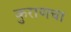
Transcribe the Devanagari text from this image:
कुराणचा